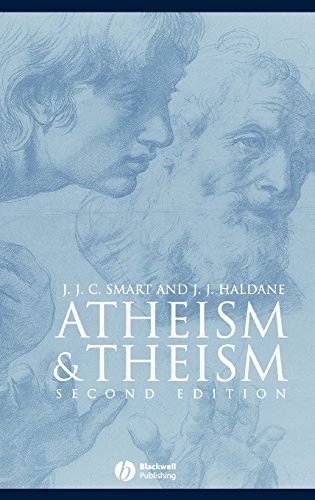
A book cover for Atheism and Theism (Great Debates in Philosophy); J. J. C. Smart; Politics & Social Sciences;